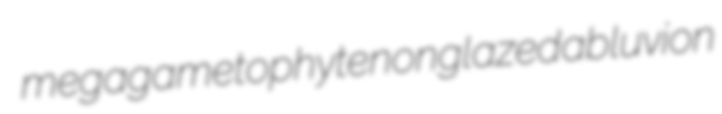
megagametophyte nonglazed abluvion